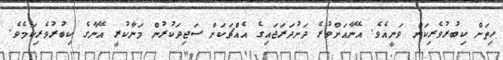
ހިތަށް ކިބުރުވެރިކަން ވަނީއެވެ. އޭނާއަށްވުރެ ދަށުދަރަޖައިގެ އެއްޗަކަށް ސަޖިދަކުރުން މަނާކުރީ އޭނާގެ ކިބުރުވެރިކަމެވެ.